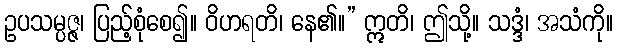
ဥပသမ္ပဇ္ဇ၊ ပြည့်စုံစေ၍။ ဝိဟရတိ၊ နေ၏။” ဣတိ၊ ဤသို့။ သဒ္ဒံ၊ အသံကို။